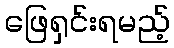
ဖြေရှင်းရမည့်